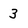
Character: 3